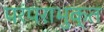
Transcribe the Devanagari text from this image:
परंपराभुक्त